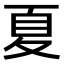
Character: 夏